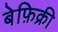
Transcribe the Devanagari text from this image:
बेफ़िक्री